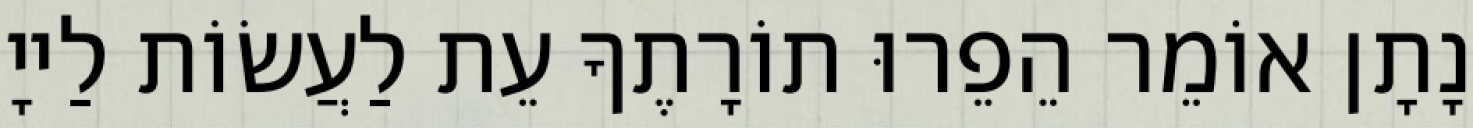
נָתָן אוֹמֵר הֵפֵרוּ תוֹרָתֶךָ עֵת לַעֲשׂוֹת לַייָ